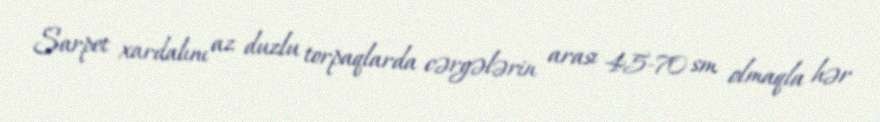
Sarpet xardalını az duzlu torpaqlarda cərgələrin arası 45-70 sm olmaqla hər